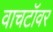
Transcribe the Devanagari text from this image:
वाचटॉवर